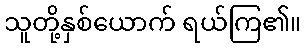
သူတို့နှစ်ယောက် ရယ်ကြ၏။